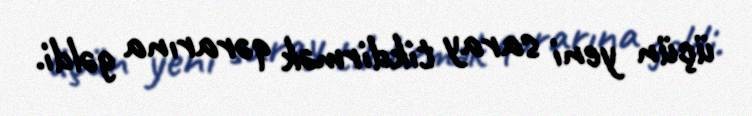
üçün yeni saray tikdirmək qərarına gəldi.